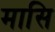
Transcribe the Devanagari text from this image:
मासि